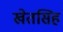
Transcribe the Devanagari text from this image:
खेतसिह